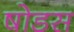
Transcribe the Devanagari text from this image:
षोडस